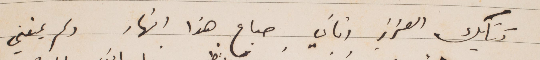
كتابك العزيز اتاني صباح هذا النهار ولم يمنعني